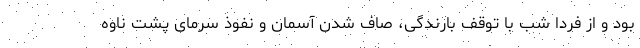
بود و از فردا شب با توقف بارندگی، صاف شدن آسمان و نفوذ سرمای پشت ناوه